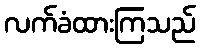
လက်ခံထားကြသည်